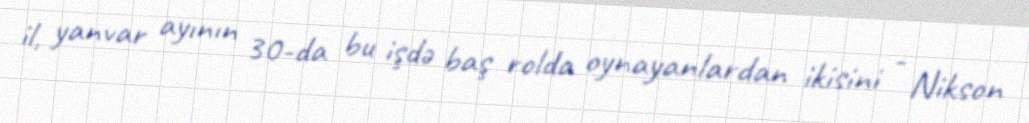
il, yanvar ayının 30-da bu işdə baş rolda oynayanlardan ikisini - Nikson